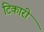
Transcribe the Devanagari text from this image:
टिकारी